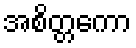
အစိတ္တကော